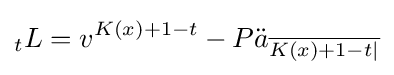
{}_{t}L=v^{K(x)+1-t}-P{\ddot {a}}_{\overline {K(x)+1-t|}}